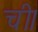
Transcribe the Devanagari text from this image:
ची।